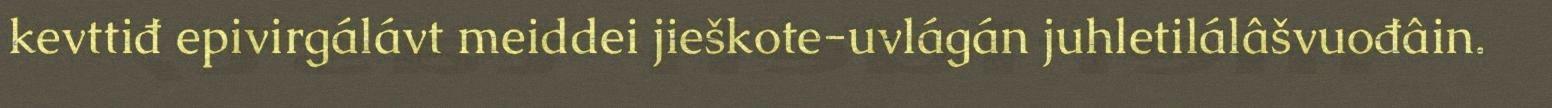
kevttiđ epivirgálávt meiddei jieškote-uvlágán juhletilálâšvuođâin.